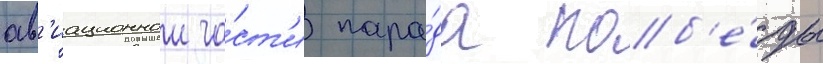
ав'иационнои ча́ст'и пара́да поб'е́ды